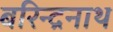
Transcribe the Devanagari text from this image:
बरिन्द्रनाथ